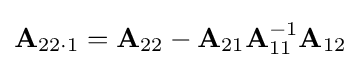
{\mathbf {A} _{22\cdot 1}}={\mathbf {A} }_{22}-{\mathbf {A} }_{21}{\mathbf {A} }_{11}^{-1}{\mathbf {A} }_{12}